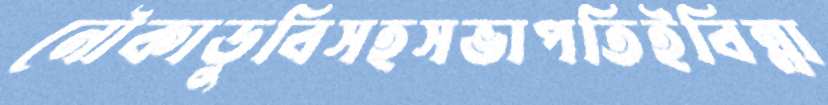
নৌকাডুবিসহসভাপতিইবিন্না